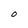
Character: O